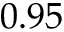
0 . 9 5